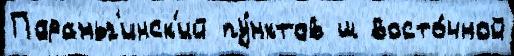
Параньг'инск'ий пу́нктов ш восто́чной